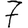
Digit: 7